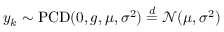
y _ { k } \sim \operatorname { P C D } ( 0 , g , \mu , \sigma ^ { 2 } ) \overset { d } { = } \mathcal N ( \mu , \sigma ^ { 2 } )